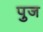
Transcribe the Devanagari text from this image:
पुज